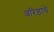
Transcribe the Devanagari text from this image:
वरिष्ठांचे